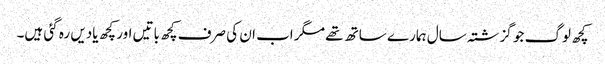
کچھ لوگ جو گزشتہ سال ہمارے ساتھ تھے مگر اب ان کی صرف کچھ باتیں اور کچھ یادیں رہ گئی ہیں۔